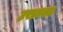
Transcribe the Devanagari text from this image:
उपप्रवक्ता